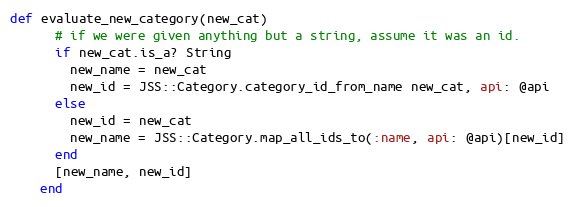
Language: Ruby
def evaluate_new_category(new_cat)
      # if we were given anything but a string, assume it was an id.
      if new_cat.is_a? String
        new_name = new_cat
        new_id = JSS::Category.category_id_from_name new_cat, api: @api
      else
        new_id = new_cat
        new_name = JSS::Category.map_all_ids_to(:name, api: @api)[new_id]
      end
      [new_name, new_id]
    end